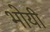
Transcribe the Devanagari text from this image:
भोयी